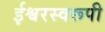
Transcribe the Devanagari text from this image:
ईश्वरस्वरूपी